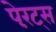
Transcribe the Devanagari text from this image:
पेरंट्स